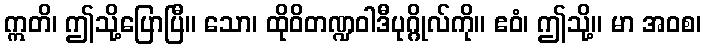
ဣတိ၊ ဤသို့ပြောပြီ။ သော၊ ထိုဝိတဏ္ဍဝါဒီပုဂ္ဂိုလ်ကို။ ဧဝံ၊ ဤသို့။ မာ အဝစ၊